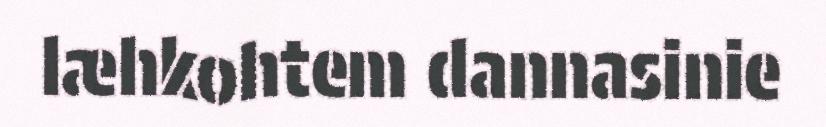
læhkohtem dannasinie